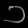
Digit: ၁